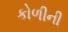
કોળીની